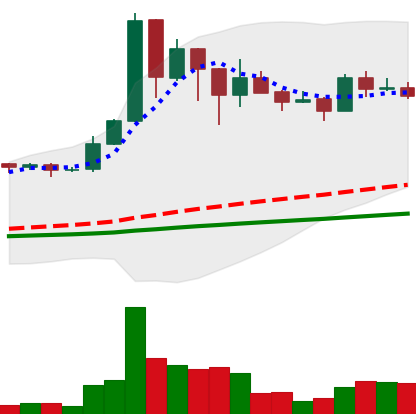
Ticker: BNB-USD
Chart end date: 2021-03-04
Forward return: 27.623%
Label: up_7plus